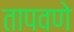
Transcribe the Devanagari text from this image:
तापवणे